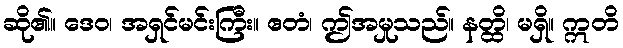
ဆို၏။ ဒေဝ၊ အရှင်မင်းကြီး။ ဧတံ၊ ဤအမှုသည်။ နတ္ထိ၊ မရှိ။ ဣတိ